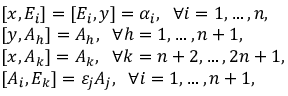
\begin{array} { r l } & { [ x , E _ { i } ] = [ E _ { i } , y ] = \alpha _ { i } , \; \; \forall i = 1 , \ldots , n , } \\ & { [ y , A _ { h } ] = A _ { h } , \; \; \forall h = 1 , \ldots , n + 1 , } \\ & { [ x , A _ { k } ] = A _ { k } , \; \; \forall k = n + 2 , \ldots , 2 n + 1 , } \\ & { [ A _ { i } , E _ { k } ] = \varepsilon _ { j } A _ { j } , \; \; \forall i = 1 , \ldots , n + 1 , } \end{array}